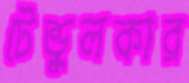
টেন্ডুলকার